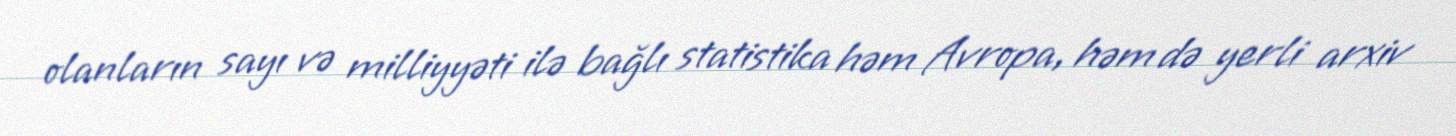
olanların sayı və milliyyəti ilə bağlı statistika həm Avropa, həm də yerli arxiv